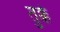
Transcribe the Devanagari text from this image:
तुक्के